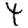
Digit: 4